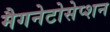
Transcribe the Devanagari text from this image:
मैगनेटोसेप्शन